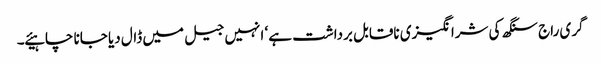
گری راج سنگھ کی شرانگیزی ناقابل برداشت ہے ‘ انہیں جیل میں ڈال دیا جانا چاہیئے ۔